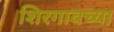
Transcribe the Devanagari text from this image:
शिरगावच्या